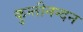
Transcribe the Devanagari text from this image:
कुन्तीनन्दन